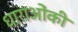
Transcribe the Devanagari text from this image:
धाराओंकी